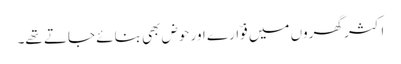
اکثر گھروں میں فوّارے اور حوض بھی بنائے جاتے تھے۔